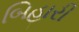
બિહારી